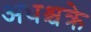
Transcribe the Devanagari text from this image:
अधश्चक्रे